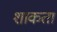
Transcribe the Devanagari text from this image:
शाकता